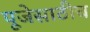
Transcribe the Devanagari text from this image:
पूजेसाठीच